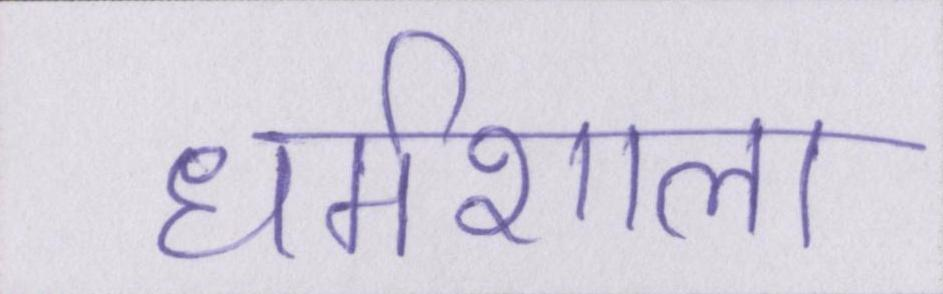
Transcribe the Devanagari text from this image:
धर्मशाला